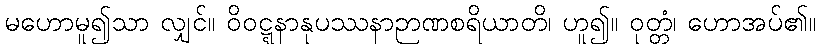
မဟောမူ၍သာ လျှင်။ ဝိဝဋ္ဋနာနုပဿနာဉာဏစရိယာတိ၊ ဟူ၍။ ဝုတ္တံ၊ ဟောအပ်၏။